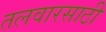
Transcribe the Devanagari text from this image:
तलवारसाठी